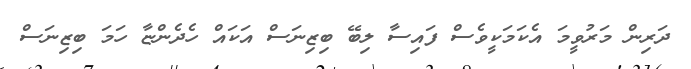
ދަރިން މަރުވީމަ އެކަމަކީވެސް ފައިސާ ލިބޭ ބިޒިނަސް އަކައް ހެދެންޏާ ހަމަ ބިޒިނަސް